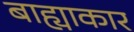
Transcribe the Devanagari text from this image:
बाह्याकार